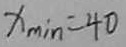
x _ { \min } = 4 0